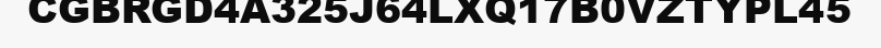
CGBRGD4A325J64LXQ17B0VZTYPL45